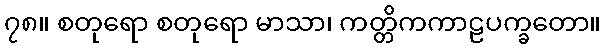
၇၈။ စတုရော စတုရော မာသာ၊ ကတ္တိကကာဠပက္ခတော။